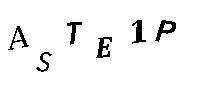
ASTE1P